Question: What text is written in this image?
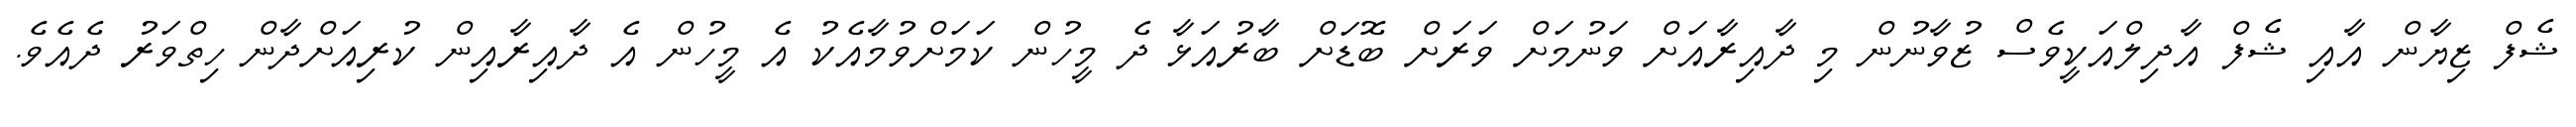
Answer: ޝެފް ޒިޔާން އާއި ޝެފް އާދިލްއަކީވެސް ޒުވާނުން މި ދާއިރާއަށް ވަނުމަށް ވަރަށް ބޮޑަށް ބާރުއަޅާ ދެ މީހުން ކަމަށްވުމާއެކު އެ މީހުން އެ ދާއިރާއިން ކުރިއަށްދާން ހިތްވަރު ދެއެވެ.